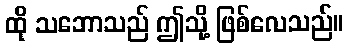
ထို သဘောသည် ဤသို့ ဖြစ်လေသည်။